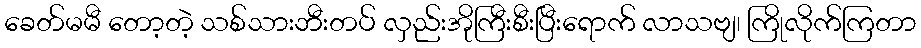
ခေတ်မမီ တော့တဲ့ သစ်သားဘီးတပ် လှည်းအိုကြီးစီးပြီးရောက် လာသဗျ၊ ကြိုလိုက်ကြတာ